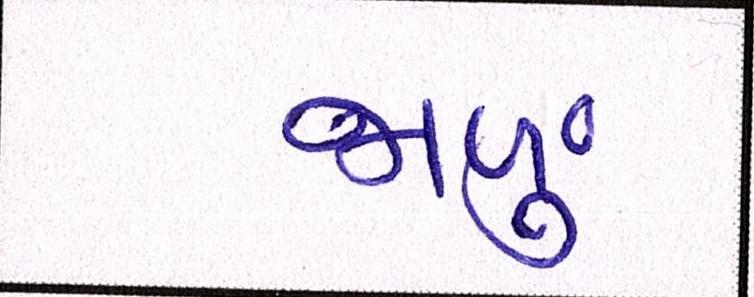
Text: જાળું